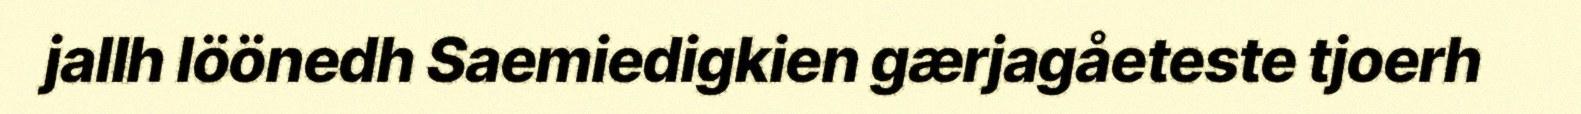
jallh löönedh Saemiedigkien gærjagåeteste tjoerh